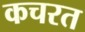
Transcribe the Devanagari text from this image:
कचरत